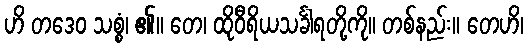
ဟိ တဒေဝ သစ္စံ၊ ၏။ တေ၊ ထိုဝီရိယသင်္ခါရတို့ကို။ တစ်နည်း။ တေဟိ၊